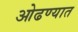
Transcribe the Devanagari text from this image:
ओढण्यात